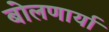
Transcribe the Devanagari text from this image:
बोलणार्या